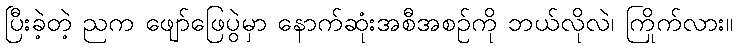
ပြီးခဲ့တဲ့ ညက ဖျော်ဖြေပွဲမှာ နောက်ဆုံးအစီအစဉ်ကို ဘယ်လိုလဲ၊ ကြိုက်လား။